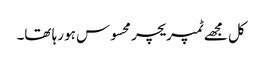
کل مجھے ٹمپریچر محسوس ہو رہا تھا۔